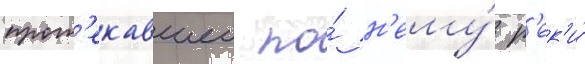
прот'екавшеи по́ н'ему́ р'ек'и́